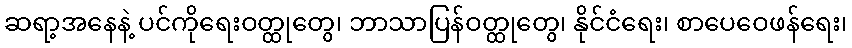
ဆရာ့အနေနဲ့ ပင်ကိုရေးဝတ္ထုတွေ၊ ဘာသာပြန်ဝတ္ထုတွေ၊ နိုင်ငံရေး၊ စာပေဝေဖန်ရေး၊